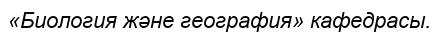
«Биология және география» кафедрасы.